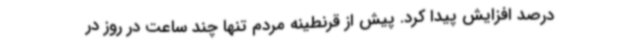
درصد افزایش پیدا کرد. پیش از قرنطینه مردم تنها چند ساعت در روز در